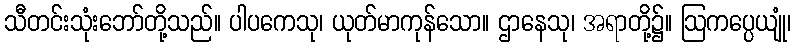
သီတင်းသုံးဘော်တို့သည်။ ပါပကေသု၊ ယုတ်မာကုန်သော။ ဌာနေသု၊ အရာတို့၌။ ဩကပ္ပေယျုံ၊